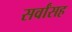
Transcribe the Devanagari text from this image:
सर्वांसह